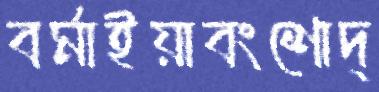
বর্মাইয়াবংশোদ্